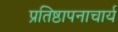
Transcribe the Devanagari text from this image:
प्रतिष्ठापनाचार्य